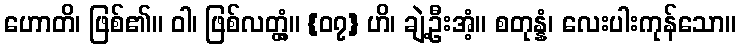
ဟောတိ၊ ဖြစ်၏။ ဝါ၊ ဖြစ်လတ္တံ့။ {၀၇} ဟိ၊ ချဲ့ဦးအံ့။ စတုန္နံ၊ လေးပါးကုန်သော။